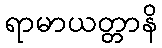
ရာမာယတ္တာနိ